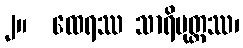
၂။  ထေရဿ သာရိပုတ္တဿ၊